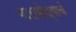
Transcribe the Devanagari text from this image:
बाराबोड्याचं